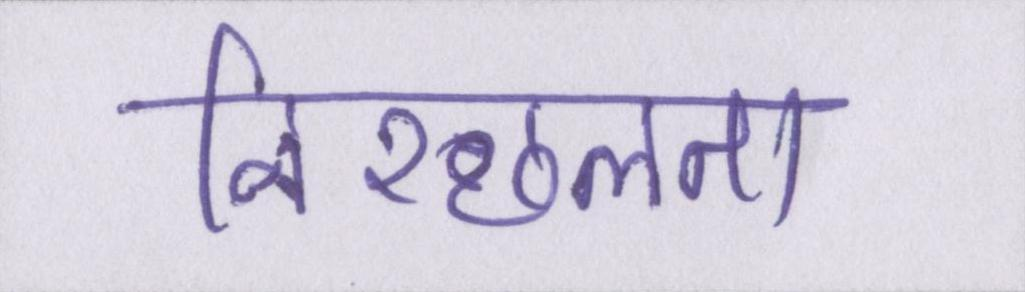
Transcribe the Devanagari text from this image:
निश्छलता